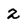
Character: 2